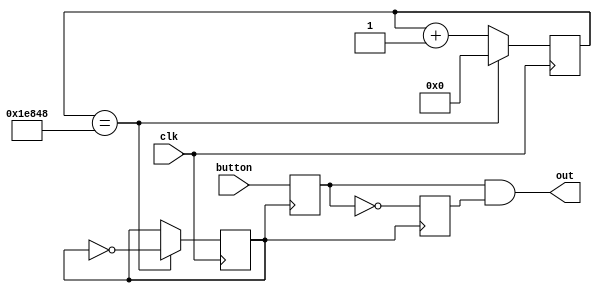
`timescale 1ns / 1ps
//////////////////////////////////////////////////////////////////////////////////
// Company: 
// 
// Design Name: Button press detect
// Module Name: button_press
// Project Name: 
// Target Devices: 
// Tool Versions: 
// Description: Push button press detection by avoiding button debouncing
// 
// Dependencies: 
// 
// Revision:
// Revision 0.01 - File Created
// Additional Comments:
// 
//////////////////////////////////////////////////////////////////////////////////


module button_press(
    input button,		//Push button input
    input clk,		//Clk input
    output out		//Output while pressing button
    );

    //Registers for filp-flops
    reg q1=0,
        q2b=0;
        
    /*
     * Create slow clock of 2.50mSec=400Hz. 
     * No of cycle=0.5*(100MHz/400Hz)=125,000
     */
    reg [16:0]count=0;	//Counter
    reg clk_slow=0;	//Output of slow clock
    always @(posedge clk) begin
        count <= count+1;
        if(count == 125_000) begin
            count <= 0;
            clk_slow <= ~clk_slow;
        end
    end

    // Two D-ff ckt
    always @(posedge clk_slow) begin
        q1 <= button;
        q2b <= ~(q1);
    end
    
    //And gate output
    assign out = q1 & q2b;

    ///!!!Do tasks... what happens when posedge/negedge out!!! ///

endmodule